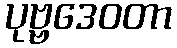
ပုဗ္ဗဒေဝတာ